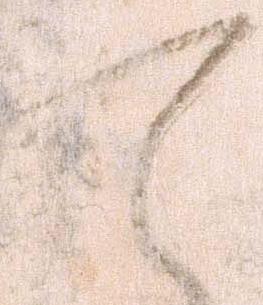
て